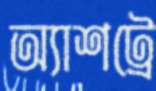
অ্যাশট্রে